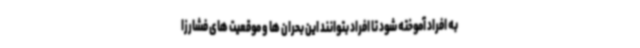
به افراد آموخته شود تا افراد بتوانند این بحران ها و موقعیت های فشارزا